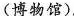
(博物馆).